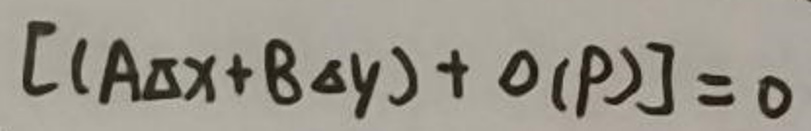
\([(A\Delta x + B\Delta y) + o(P)] = 0\)